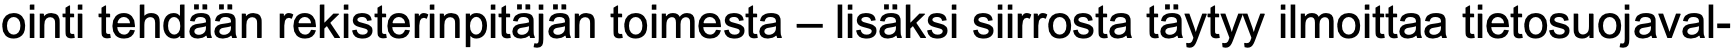
ointi tehdään rekisterinpitäjän toimesta – lisäksi siirrosta täytyy ilmoittaa tietosuojaval-